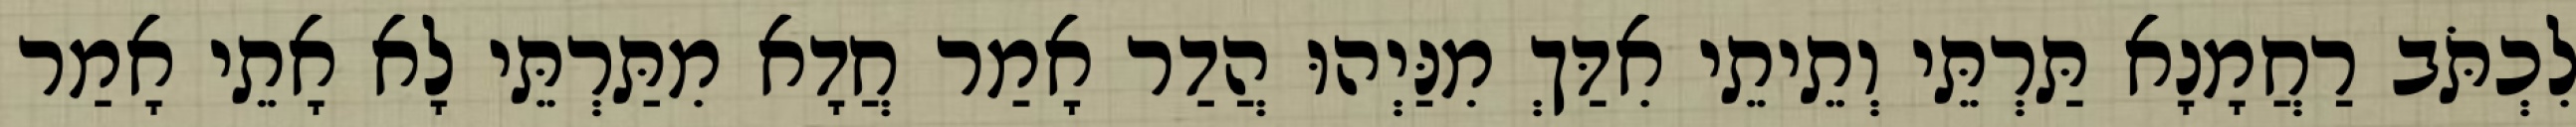
לִכְתֹּב רַחֲמָנָא תַּרְתֵּי וְתֵיתֵי אִדַּךְ מִנַּיְהוּ הֲדַר אָמַר חֲדָא מִתַּרְתֵּי לָא אָתֵי אָמַר